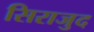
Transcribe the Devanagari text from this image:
सिराजुद